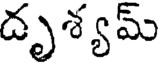
దృశ్యమ్